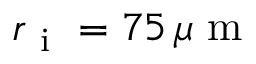
r _ { \mathrm { ~ i ~ } } = 7 5 \, \mu \mathrm { ~ m ~ }